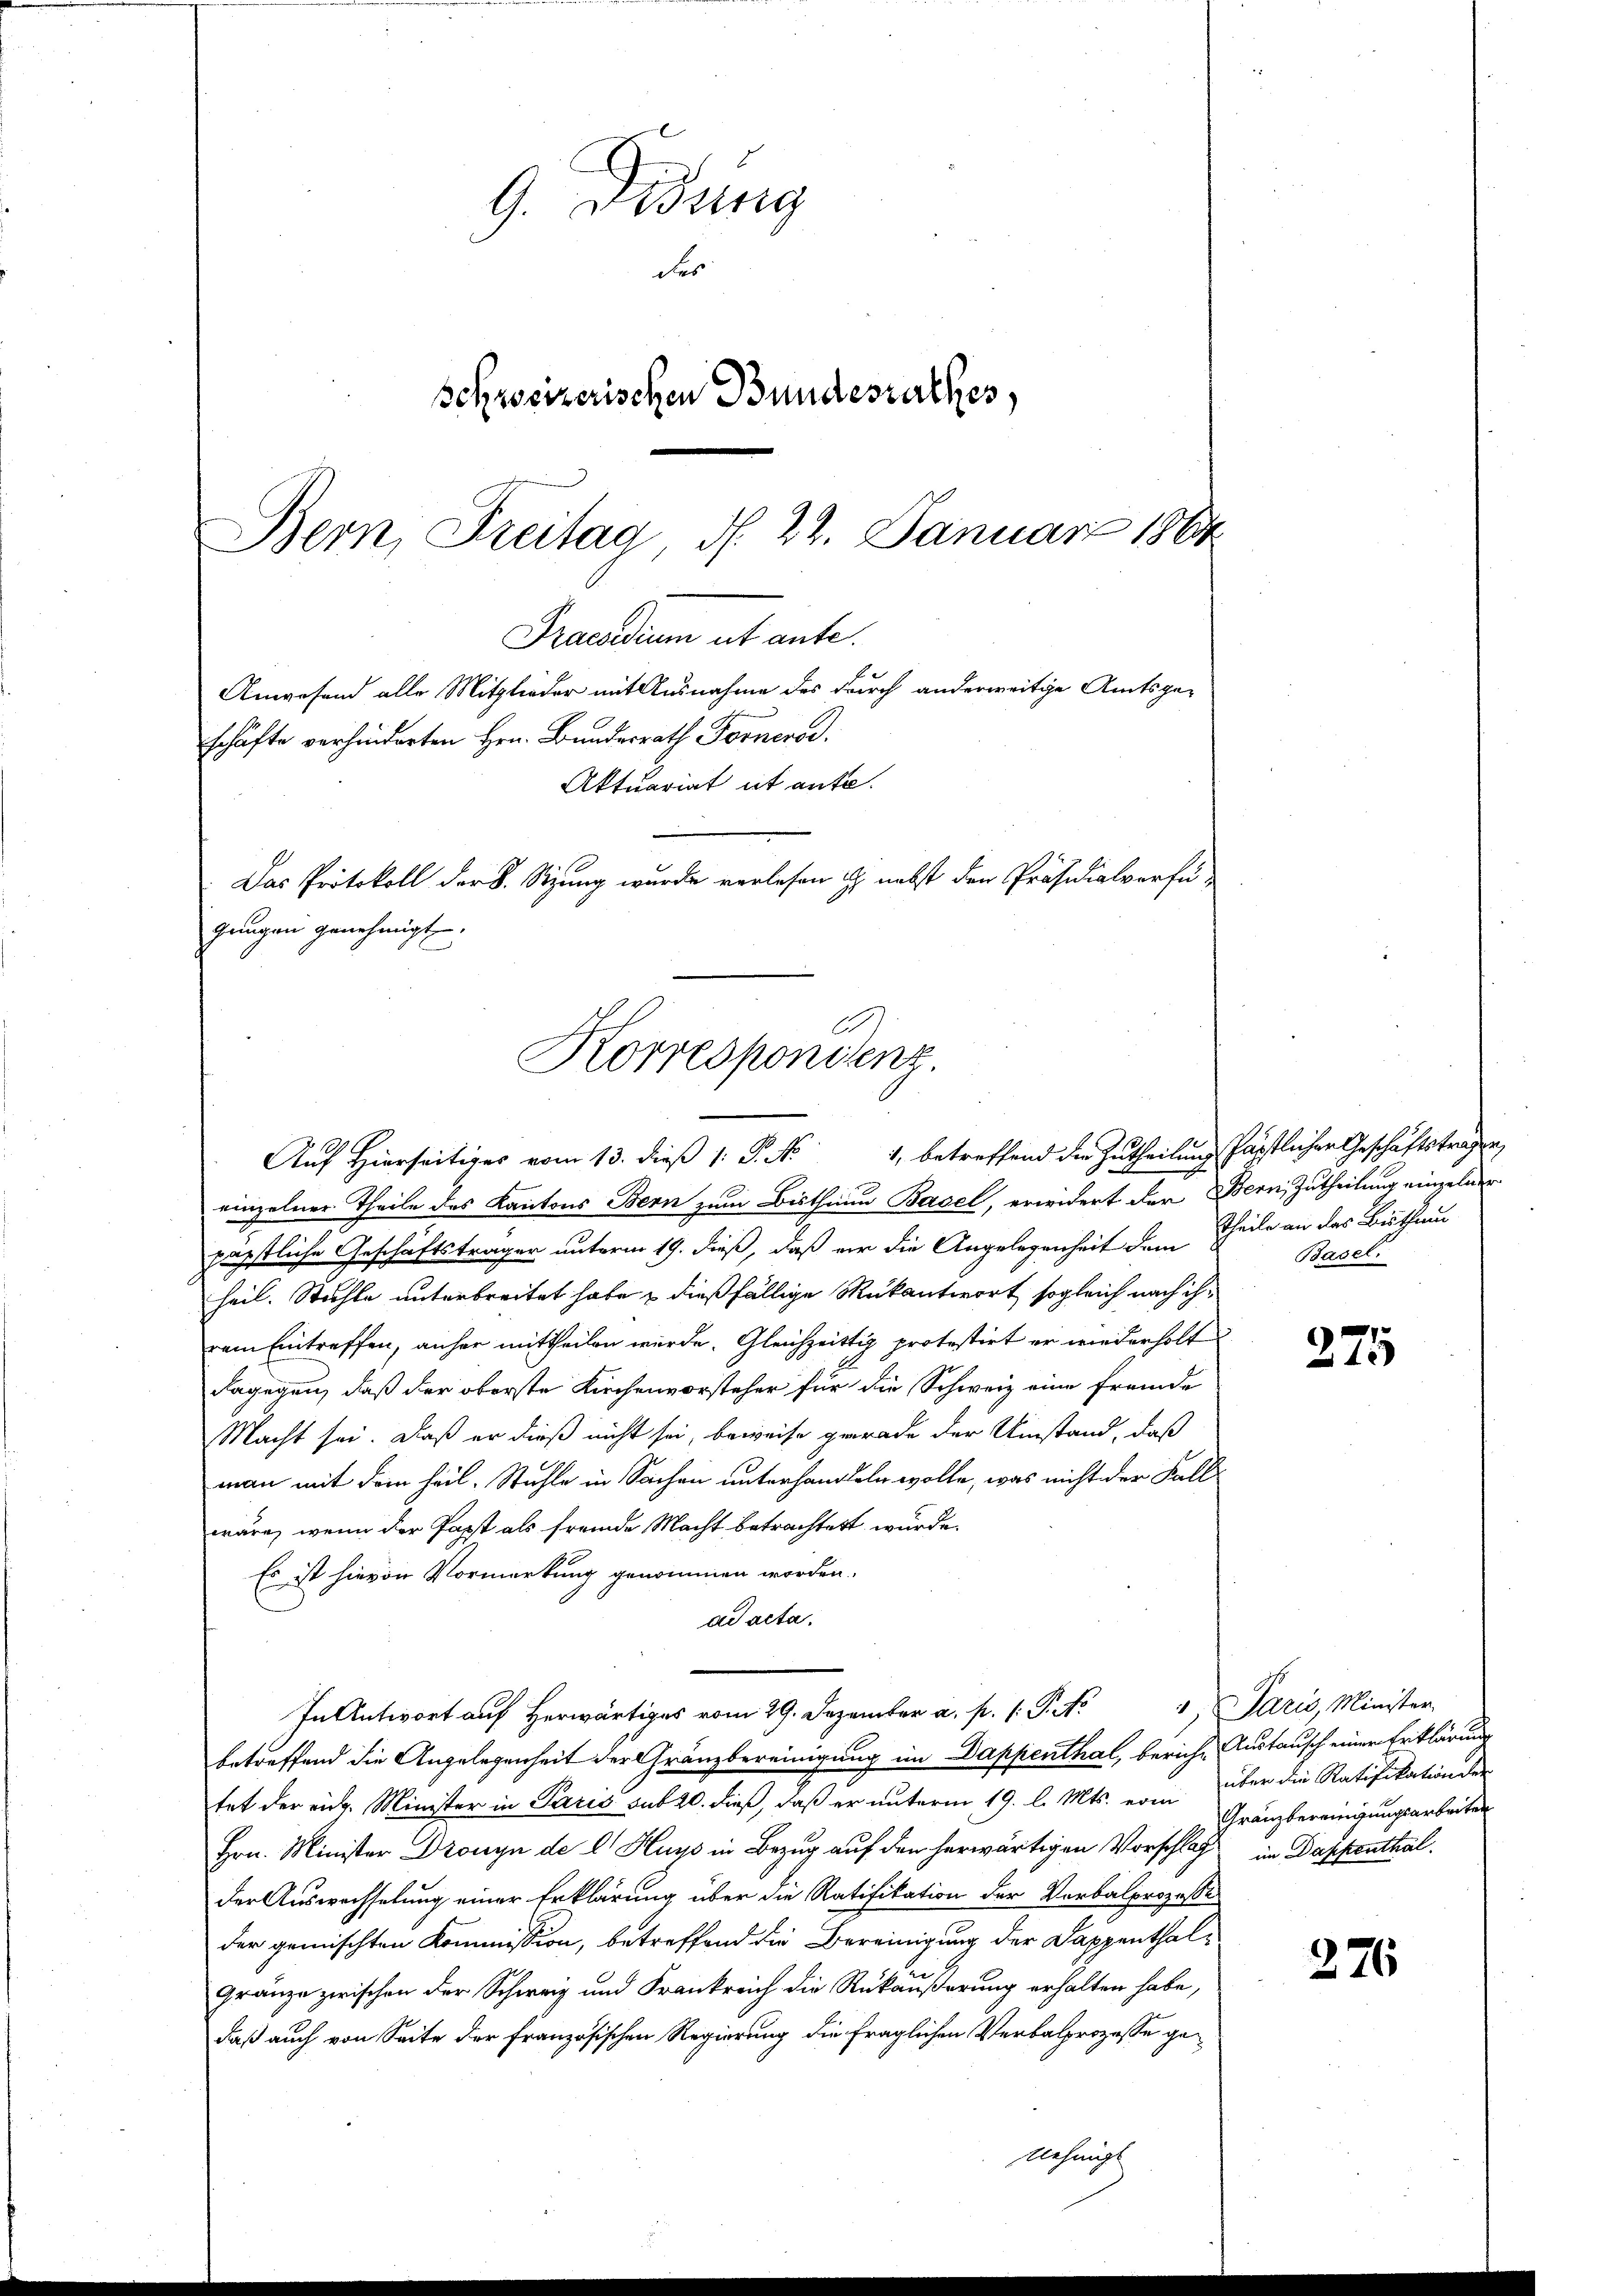
G. Didung
des
Schweizerischen Bundesrathes,
Bern, Freitag d. 22. Januar 1864

Praesidium ut ante.
Anwesend alle Mitglieder mit Ausnahme des durch anderweitige Amtsge-
schäfte verhinderten Hrn. Bundesrath Forners.
Aktuariat it ente.
Das Protokoll der S. Sitzung wurde verlesen u. nebst den Präsidialverfü-
gangen genehmigt.
Korrespondenz.
Auf Hierseitiger vom 13. dieβ 1: P. Nr. 1, betreffend die Zutheilung fürstlicher Geschäftstragen,

einzelner Theile des Kantons Bern zum Bisthumm Basel, erwidert der Bern, Zutheilung einzelner
päpstliche Geschäftsträger unterm 19. dieß, daß er die Angelegenheit dem Theile an das Bisthaus
heil. Stuhle unterbreitet habe & dießfällige Rükantwort, sogleich nach ihvem Eintreffen, anher mittheilen wurde. Gleichzeittig protestirt er wiederholt
dagegen, daß der oberste Kirchenvorsteher für die Schweiz eine fremde
Macht sei. Daß er dieß nicht sei, beweise gerade der Umstand, daß
man mit dem heil. Stuhle in Sachen unterhandeln wolle, was nicht der Fallwäre, wenn der Papst als fremde Macht betrachtet wurde.
Es ist hievon Vormerkung genommen worden.
ad acta.
In Antwort auf herwärtiges vom 29. Dezember a. p. 1. P. Nr. 1 Paris, Minister-
betreffend die Angelegenheit der Gränzbereinigung im Dappenthal, beriche Austausch einer Erklärung
tet der eidg. Minister in Paris sub 20. dieß, daß er unterm 19. l. Mts. vom
Hrn. Minister Dronyn de l Huys in Bezug auf den herwärtigen Vorschlag in Dappenthal
der Auswechselung einer Erklärung über die Ratifikation der Verbalprozesse
der gemischten Kommission, betreffend die Bereinigung der Sappenthal¬
Gränze zwischen der Schweiz und Frankreich die Rükäußerung erhalten habe,
daß auch von Seite der Französischen Regierung die fraglichen Verbalprozesse genehmigt

Basel.

275

über die Ratifikation der
Gränzbereinigungsarbeiten

276